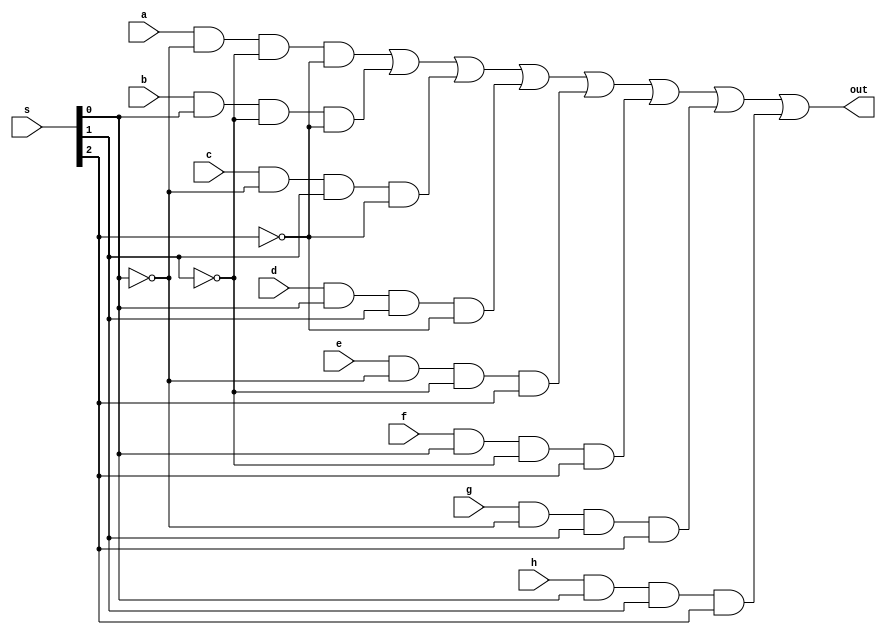
module mux8_1(out, a, b, c, d, e, f, g, h, s);

input a, b, c, d, e, f, g, h;
input [2:0] s;
output out;

wire w1, w2, w3, w4, w5, w6, w7, w8;
wire [2:0] s_not;

	// not version of ALUop selection bits
	not(s_not[0], s[0]);
	not(s_not[1], s[1]);
	not(s_not[2], s[2]);

	// select operation result according to ALUop selection bits
	and(w1, a, s_not[0], s_not[1], s_not[2]);
	and(w2, b, s[0], s_not[1], s_not[2]);
	and(w3, c, s_not[0], s[1], s_not[2]);
	and(w4, d, s[0], s[1], s_not[2]);
	and(w5, e, s_not[0], s_not[1], s[2]); 
	and(w6, f, s[0], s_not[1], s[2]);
	and(w7, g, s_not[0], s[1], s[2]);
	and(w8, h, s[0], s[1], s[2]);
	or(out, w1, w2, w3, w4, w5, w6, w7, w8);
	
endmodule